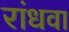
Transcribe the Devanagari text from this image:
रांधवा